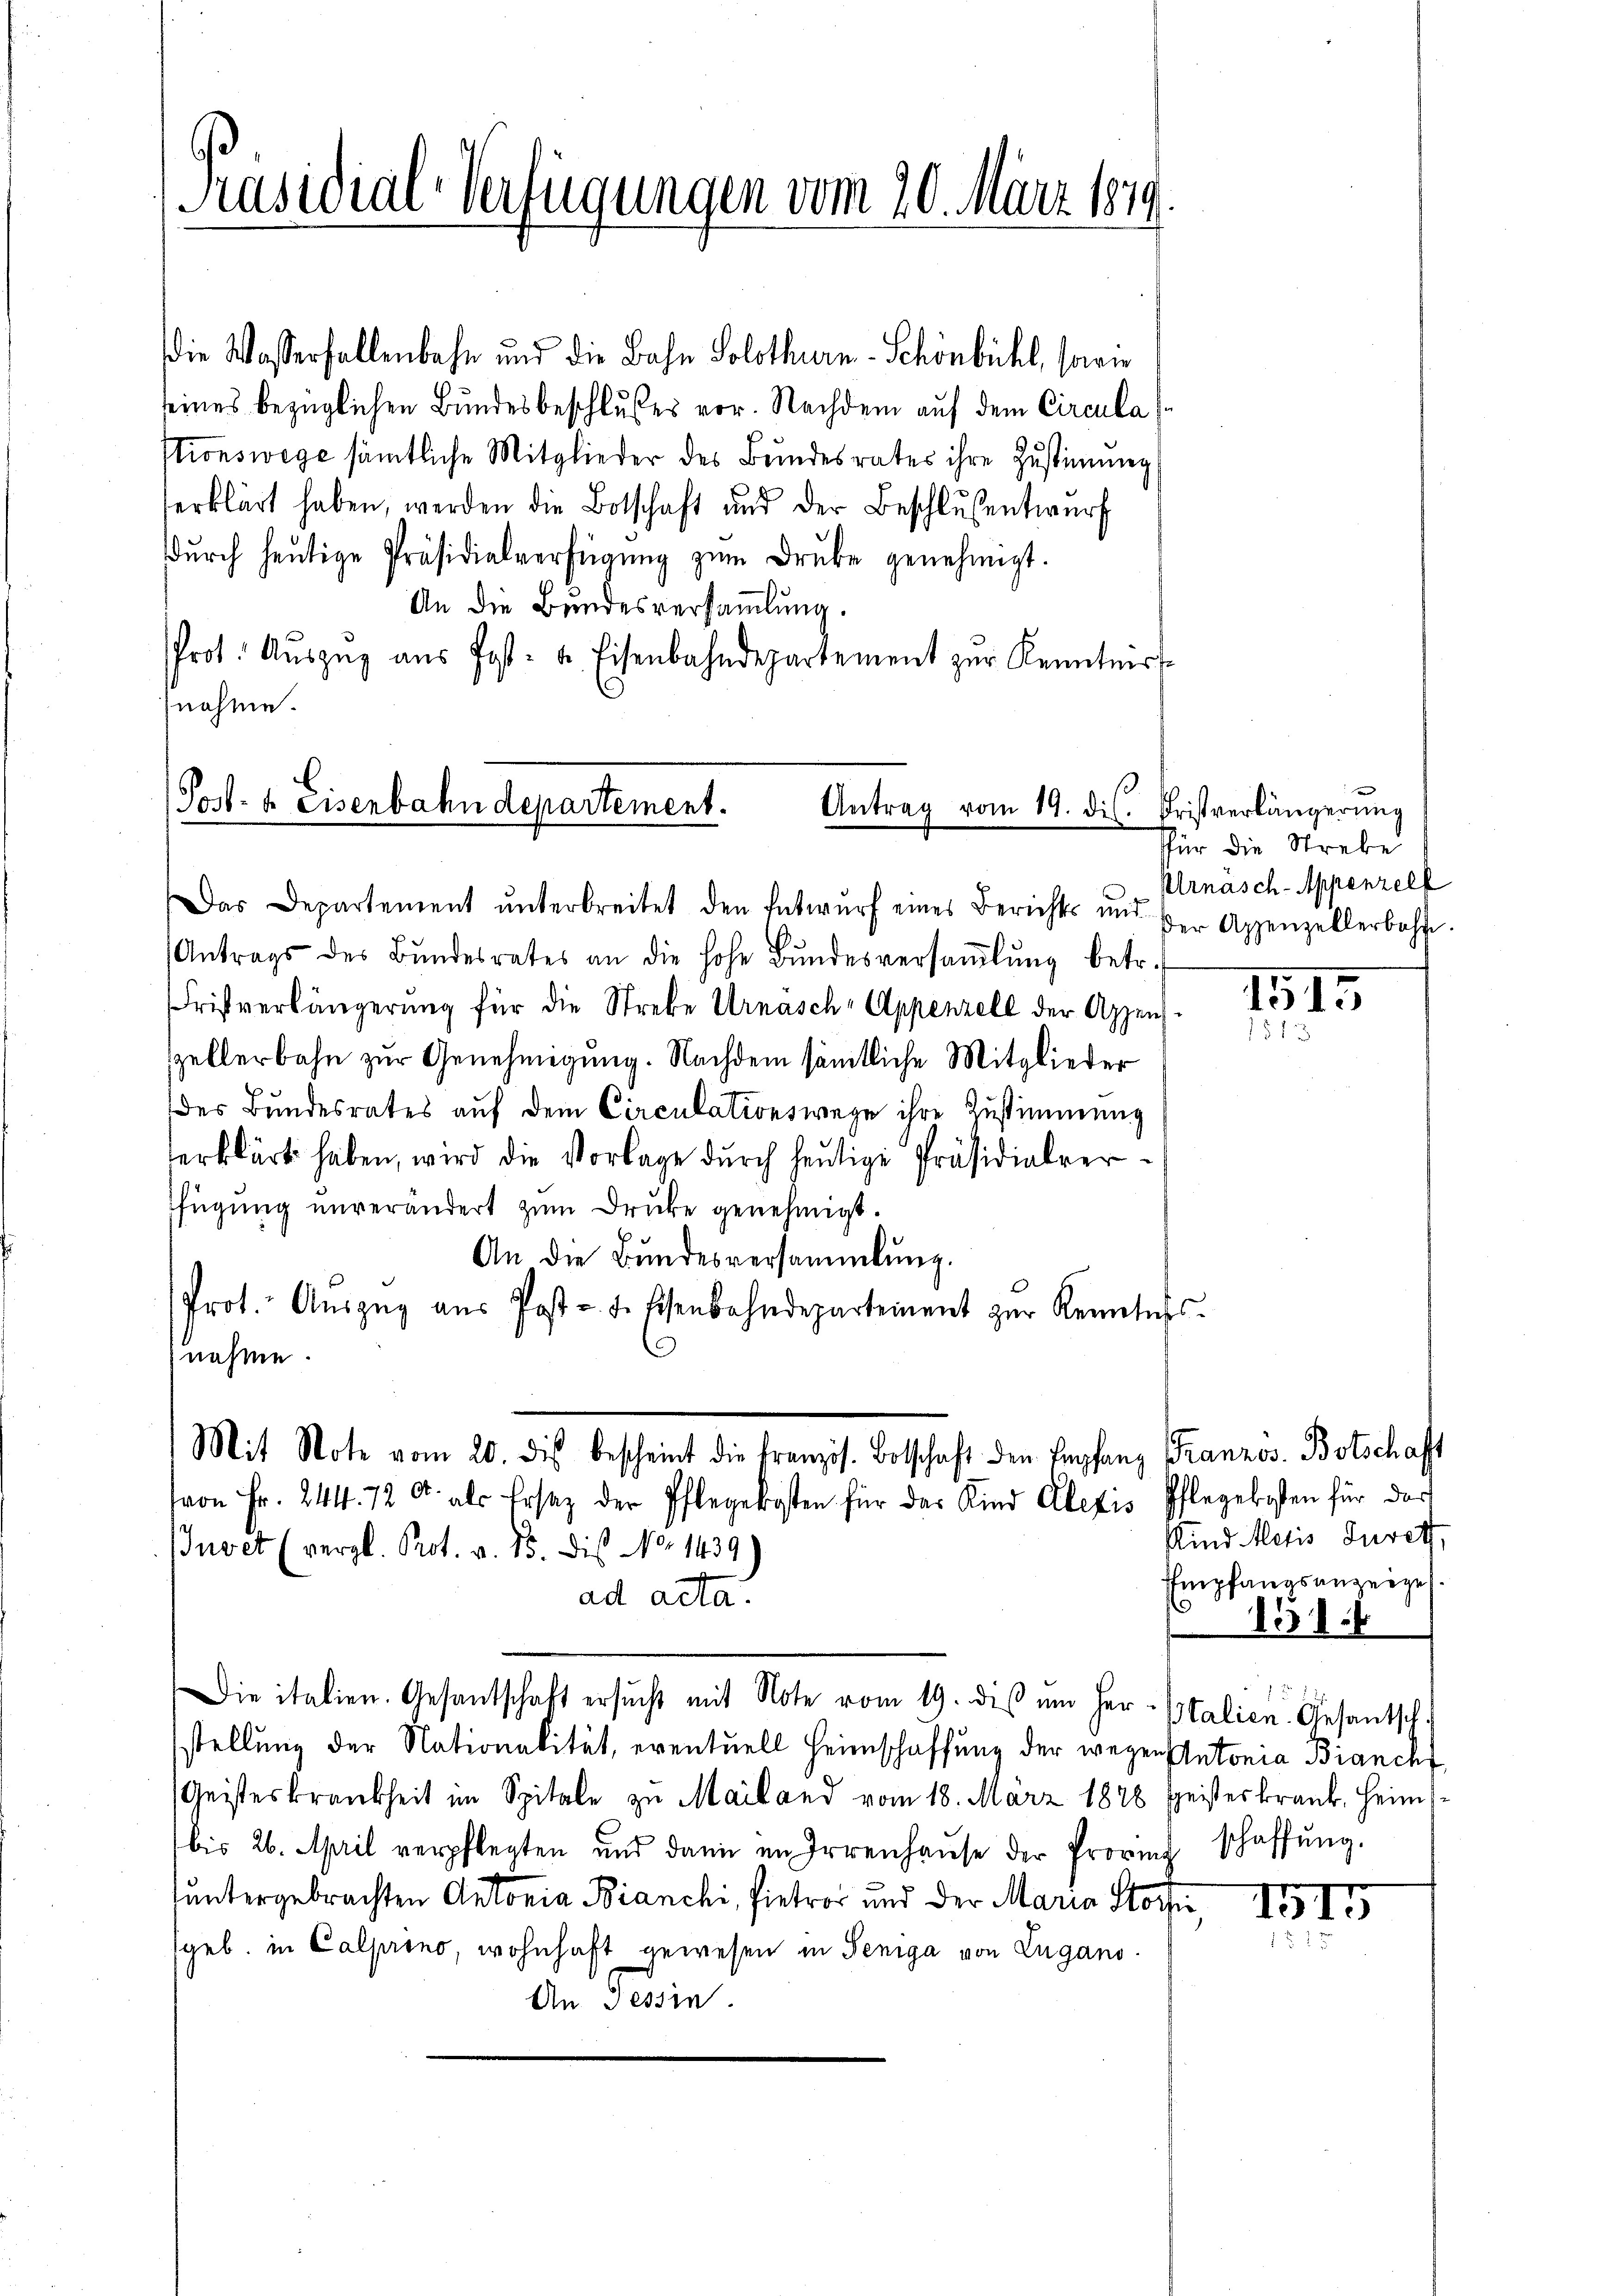
die Wasserfallenbahn und die Bahn Solothurn-Schönbühl, sowie
seines bezüglichen Bundesbeschlußes vor. Nachdem auf dem Circula
stionswege sämtliche Mitglieder des Bŭndesrates ihre Zustimmig
erklärt haben, werden die Botschaft und der Beschlŭsentwurf
dŭrch heŭtige Präsidialverfügŭng zŭm Druke genehmigt.
An die Bundesversammlung.
Prot. Aŭszŭg aŭs Post- u. Eisenbahndepartement zŭr Kenntnis-
nahme.

Präsidial-Verfügungen vom 20. März 1879.

Post- u. Eisenbahndepartement. Antrag vom 19. ds. Fristverlängerŭng

Das Departement ŭnterbreitet den Entwŭrf eines Berichts und der Appenzellerbahne
Antrags des Bŭndesrates an die hohe Bŭndesversaṁlŭng betr.
ristverlängerŭng für die Strebe Urnasch-Appenzell der Appen-
szellerbahn zur Genehmigung. Nachdem sämtliche Mitglieder
des Bundesrates auf dem Circulationswege ihre Zustimmung
erklärt haben, wird die Vorlage dŭrch heutige Präsidialverfügung unverändert zŭm Drucke genehmigt.
An die Bundesversammlung.
Prot. Aŭszŭg aŭs Post- u. senbahndepartement zŭr Kenntnis.
nehme.
Mit Note vom 20. dis bescheint die französ. Botschaft den Empfang Franzos. Botschaft
von Fr. 244. 72 Fr. als Ersatz der Pflegekosten für das Kind Alexis Pflegekosten für das
Juvet (vergl. Prot. v. 15. Dis No 1439)
ad acta.
¬
Die italien. Gesantschaft ersŭcht mit Note vom 19. diβ ŭm Her-Italien. Gesantsch.
stellung der Nationalität, eventuell Heimschaffung der wegen Antonia Branch
Geisteskrankheit im Spitale zu Mailand vom 18. März 1878 speisteskrank. Heims
bis 26. April verpflegten und dann im Irrenhaŭse der Provinz schaffŭng.
untergebrachten Antonia Bianchi, Pietros und der Maria Stoche,
geb. in Calprino, wohnhaft gewesen in Peniga von Zugano.
An Tessin.

für die Streke
Urnäsch-Appenzelf

1515
1813

Kind Motis Jureth,
Empfangsanzeigel.

1515